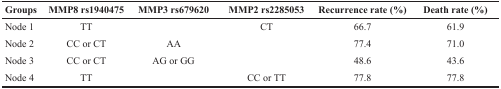
<table><thead><tr><td><b>Groups</b></td><td><b>MMP8 rs1940475</b></td><td><b>MMP3 rs679620</b></td><td><b>MMP2 rs2285053</b></td><td><b>Recurrence rate (%)</b></td><td><b>Death rate (%)</b></td></tr></thead><tbody><tr><td>Node 1</td><td>TT</td><td></td><td>CT</td><td>66.7</td><td>61.9</td></tr><tr><td>Node 2</td><td>CC or CT</td><td>AA</td><td></td><td>77.4</td><td>71.0</td></tr><tr><td>Node 3</td><td>CC or CT</td><td>AG or GG</td><td></td><td>48.6</td><td>43.6</td></tr><tr><td>Node 4</td><td>TT</td><td></td><td>CC or TT</td><td>77.8</td><td>77.8</td></tr></tbody></table>